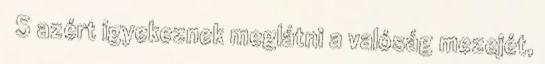
S azért igyekeznek meglátni a valóság mezejét,